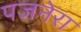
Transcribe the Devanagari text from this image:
पजनेरा